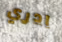
ادري